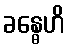
ခန္ဓေဟိ